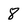
Character: 8